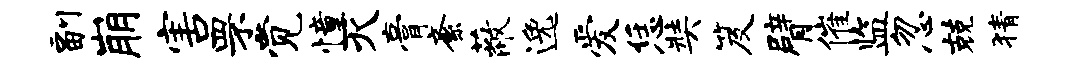
副崩害罘觉憧灭膏紊蔽逸爱恁奘笈臂催监忽兢猜